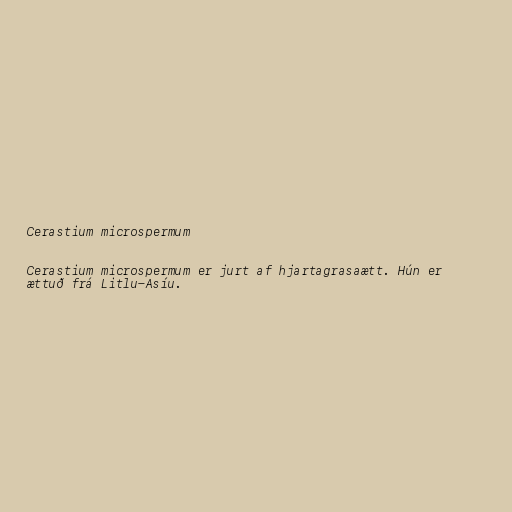
Cerastium microspermum

Cerastium microspermum er jurt af hjartagrasaætt. Hún er
ættuð frá Litlu-Asíu.